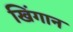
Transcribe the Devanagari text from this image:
खिंगान